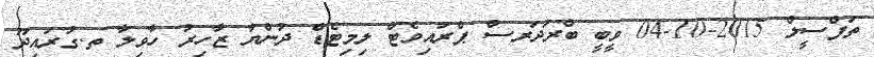
ތަފްސީލް 2015-10-04 ވީބީ ބްރަދަރސް ޕްރައިވެޓް ލިމިޓެޑް ދުންޔާ ޒާހިރު ހާވިލާ ތ.ގުރައިދޫ